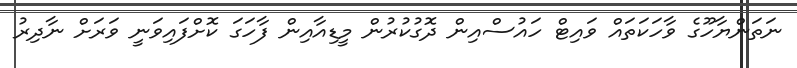
ނަތަންޔާހޫގެ ވާހަކަތައް ވައިޓް ހައުސްއިން ދޮގުކުރުން މީޑިއާއިން ފާހަގަ ކޮށްފައިވަނީ ވަރަށް ނާދިރު